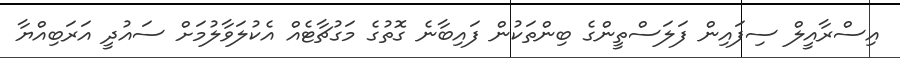
އިސްރާއީލް ސިފައިން ފަލަސްތީންގެ ބިންތަކުން ފައިބާނެ ގޮތުގެ މަގުޗާޓެއް އެކުލަވާލުމަށް ސައުދީ އަރަބިއްޔާ